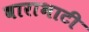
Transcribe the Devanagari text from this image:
बाराभाटी